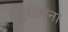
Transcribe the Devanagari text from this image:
दर्षकांना